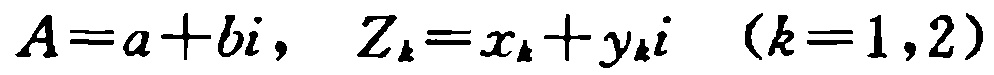
\(A=a + bi,\quad Z_{k}=x_{k}+y_{k}i\quad (k = 1,2)\)